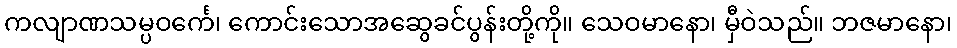
ကလျာဏသမ္ပဝင်္ကေ၊ ကောင်းသောအဆွေခင်ပွန်းတို့ကို။ သေဝမာနော၊ မှီဝဲသည်။ ဘဇမာနော၊